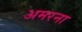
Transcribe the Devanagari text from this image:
अमरना